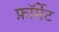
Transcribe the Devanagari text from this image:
फ़ाॅर्मेट